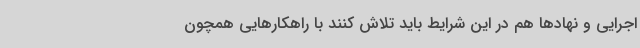
اجرایی و نهادها هم در این شرایط باید تلاش کنند با راهکارهایی همچون